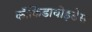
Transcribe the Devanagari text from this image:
कॉकिडायोइडेस